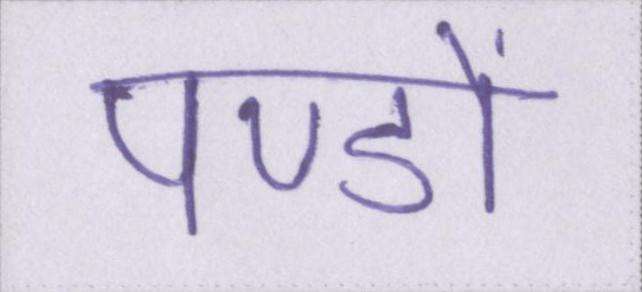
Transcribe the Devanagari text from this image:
पण्डों